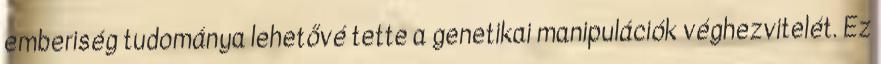
emberiség tudománya lehetővé tette a genetikai manipulációk véghezvitelét. Ez